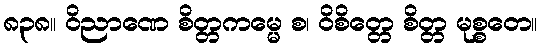
၈၃၈။ ဝိညာဏေ စိတ္တကမ္မေ စ၊ ဝိစိတ္တေ စိတ္တ မုစ္စတေ။